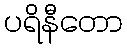
ပရိနီတော